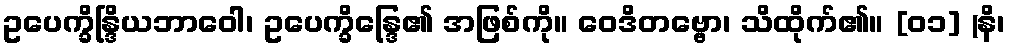
ဥပေက္ခိန္ဒြိယဘာဝေါ၊ ဥပေက္ခိန္ဒြေ၏ အဖြစ်ကို။ ဝေဒိတဗ္ဗော၊ သိထိုက်၏။ [၀၁] (နိ၊